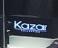
kazar